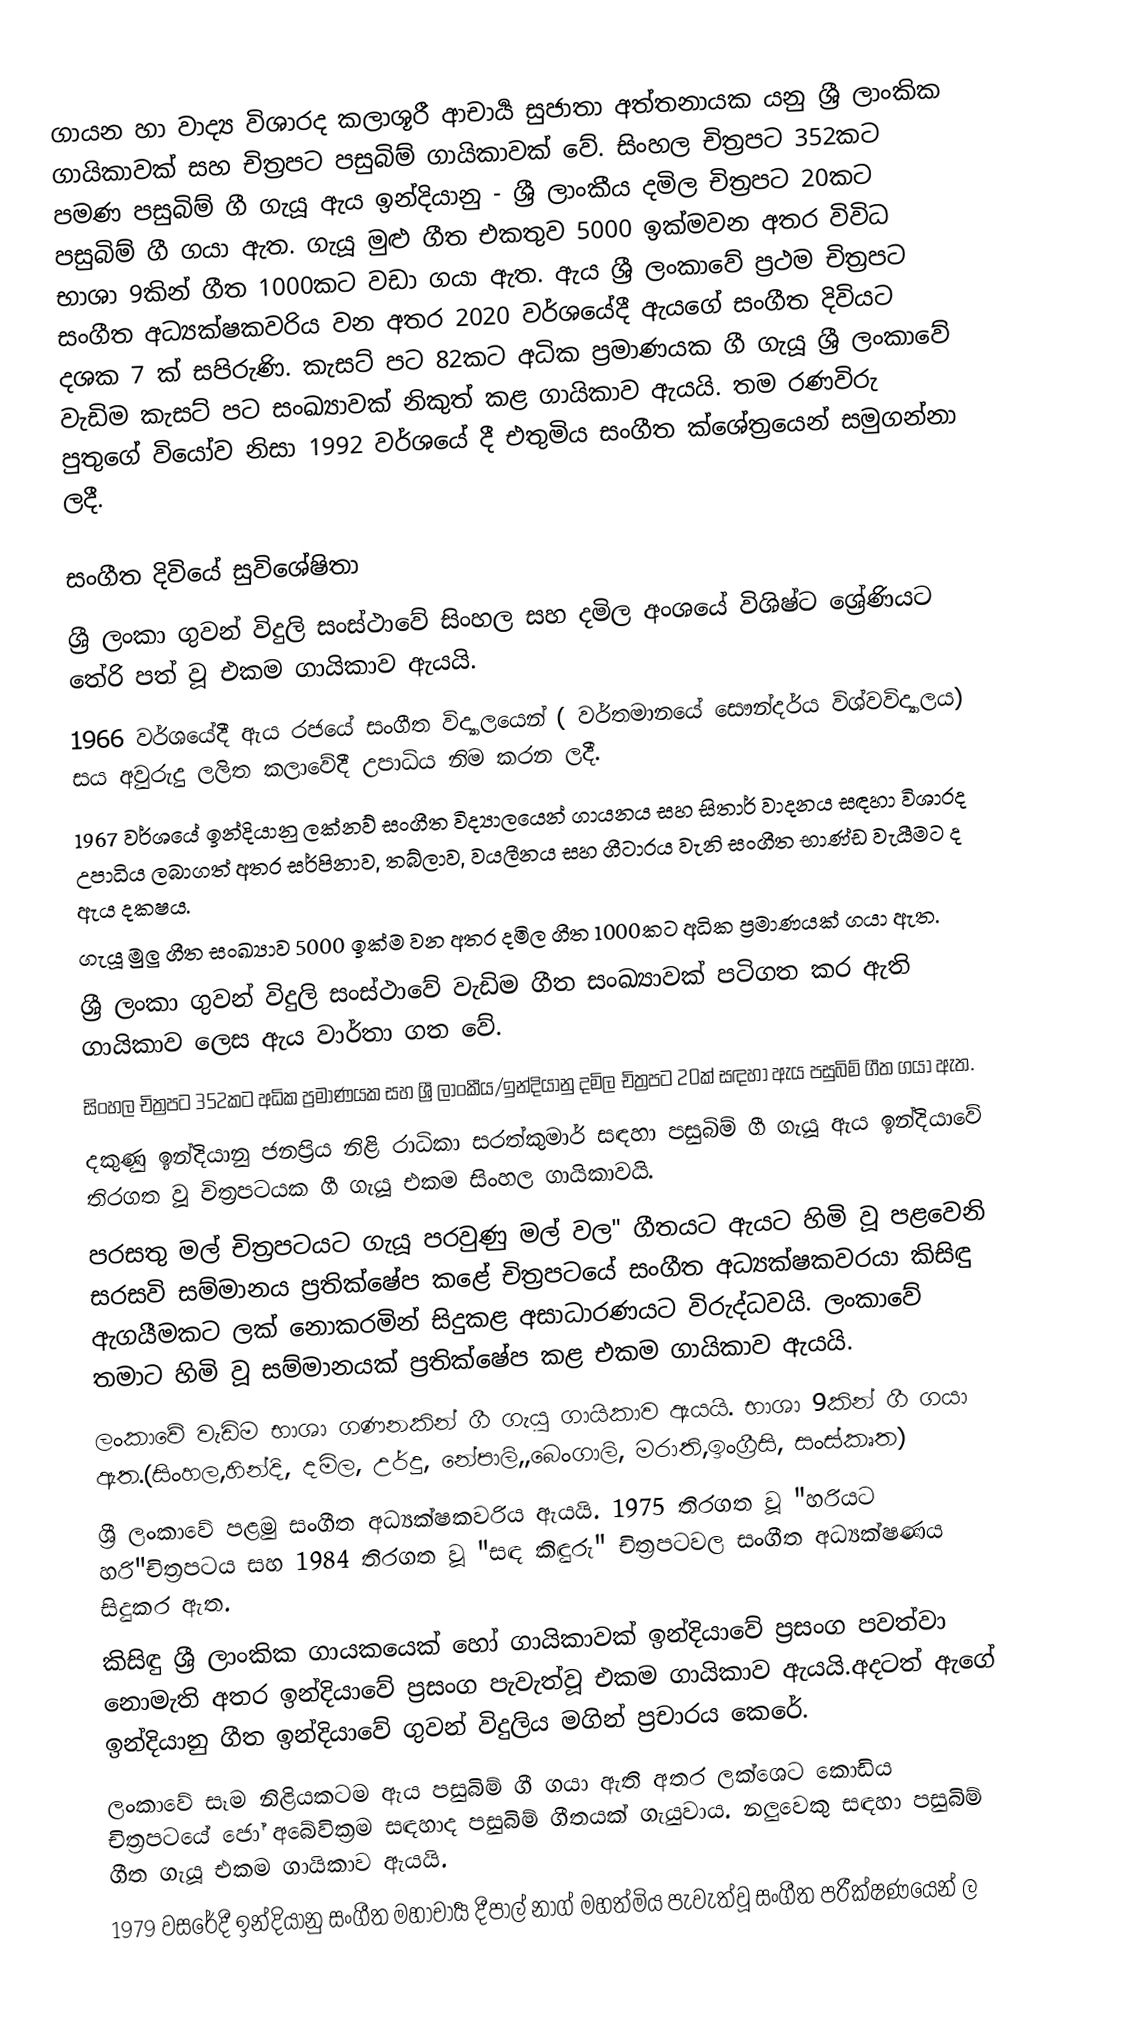
ගායන හා වාද්‍ය විශාරද කලාශූරී ආචාර්‍ය සුජාතා අත්තනායක යනු ශ්‍රී ලාංකික ගායිකාවක් සහ චිත්‍රපට පසුබිම් ගායිකාවක් වේ. සිංහල චිත්‍රපට 352කට පමණ පසුබිම් ගී ගැයූ ඇය ඉන්දියානු - ශ්‍රී ලාංකීය දමිල චිත්‍රපට 20කට පසුබිම් ගී ගයා ඇත. ගැයූ මුළු ගීත එකතුව 5000 ඉක්මවන අතර විවිධ භාශා 9කින් ගීත 1000කට වඩා ගයා ඇත. ඇය ශ්‍රී ලංකාවේ ප්‍රථම චිත්‍රපට සංගීත අධ්‍යක්ෂකවරිය වන අතර 2020 වර්ශයේදී  ඇයගේ සංගීත දිවියට දශක 7 ක් සපිරුණි. කැසට් පට 82කට අධික ප්‍රමාණයක ගී ගැයූ ශ්‍රී ලංකාවේ වැඩිම කැසට් පට සංඛ්‍යාවක් නිකුත් කළ ගායිකාව ඇයයි. තම රණවිරු පුතුගේ වියෝව නිසා 1992 වර්ශයේ දී එතුමිය සංගීත ක්ශේත්‍රයෙන් සමුගන්නා ලදී.

සංගීත දිවියේ සුවිශේෂිතා
ශ්‍රී ලංකා ගුවන් විදුලි සංස්ථාවේ සිංහල සහ දමිල අංශයේ විශිෂ්ට ශ්‍රේණියට තේරි පත් වූ එකම ගායිකාව ඇයයි.
1966 වර්ශයේදී ඇය රජයේ සංගීත විද්‍යාලයෙන් ( වර්තමානයේ සෞන්දර්ය විශ්වවිද්‍යාලය) සය අවුරුදු ලලිත කලාවේදී උපාධිය නිම කරන ලදී.
1967 වර්ශයේ ඉන්දියානු ලක්නව් සංගීත විද්‍යාලයෙන් ගායනය සහ සිතාර් වාදනය සඳහා විශාරද උපාධිය ලබාගත් අතර සර්පිනාව, තබ්ලාව, වයලීනය සහ ගීටාරය වැනි සංගීත භාණ්ඩ වැයීමට ද ඇය දකෂය.
ගැයූ මුලු ගීත සංඛ්‍යාව 5000 ඉක්ම වන අතර දමිල ගීත 1000කට අධික ප්‍රමාණයක් ගයා ඇත.
ශ්‍රී ලංකා ගුවන් විදුලි සංස්ථාවේ වැඩිම ගීත සංඛ්‍යාවක් පටිගත කර ඇති ගායිකාව ලෙස ඇය වාර්තා ගත වේ.
සිංහල චිත්‍රපට 352කට අධික ප්‍රමාණයක සහ ශ්‍රී ලාංකීය/ඉන්දියානු දමිල චිත්‍රපට 20ක් සඳහා ඇය පසුබිම් ගීත ගයා ඇත.
දකුණු ඉන්දියානු ජනප්‍රිය නිළි රාධිකා සරත්කුමාර් සඳහා පසුබිම් ගී ගැයූ ඇය ඉන්දියාවේ තිරගත වූ චිත්‍රපටයක ගී ගැයූ එකම සිංහල ගායිකාවයි.
පරසතු මල් චිත්‍රපටයට ගැයූ පරවුණු මල් වල" ගීතයට ඇයට හිමි වූ පළවෙනි සරසවි සම්මානය ප්‍රතික්ෂේප කළේ චිත්‍රපටයේ සංගීත අධ්‍යක්ෂකවරයා කිසිඳු ඇගයීමකට ලක් නොකරමින් සිදුකළ අසාධාරණයට විරුද්ධවයි. ලංකාවේ තමාට හිමි වූ සම්මානයක් ප්‍රතික්ෂේප කළ එකම ගායිකාව ඇයයි.
ලංකාවේ වැඩිම භාශා ගණනකින් ගී ගැයු ගායිකාව ඇයයි. භාශා 9කින් ගී ගයා ඇත.(සිංහල,හින්දි, දමිල, උර්දු, නේපාලි,,බෙංගාලි, මරාති,ඉංග්‍රීසි, සංස්කෘත)
 ශ්‍රී ලංකාවේ පළමු සංගීත අධ්‍යක්ෂකවරිය ඇයයි. 1975 තිරගත වූ "හරියට හරි"චිත්‍රපටය සහ 1984 තිරගත වූ "සඳ කිඳුරු" චිත්‍රපටවල සංගීත අධ්‍යක්ෂණය සිදුකර ඇත.
කිසිඳු ශ්‍රී ලාංකික ගායකයෙක් හෝ ගායිකාවක් ඉන්දියාවේ ප්‍රසංග පවත්වා නොමැති අතර ඉන්දියාවේ ප්‍රසංග පැවැත්වූ එකම ගායිකාව ඇයයි.අදටත් ඇගේ ඉන්දියානු ගීත ඉන්දියාවේ ගුවන් විදුලිය මගින් ප්‍රචාරය කෙරේ.
ලංකාවේ සෑම නිළියකටම ඇය පසුබිම් ගී ගයා ඇති අතර ලක්ශෙට කොඩිය චිත්‍රපටයේ ජෝ අබේවික්‍රම සඳහාද පසුබිම් ගීතයක් ගැයුවාය. නලුවෙකු සඳහා පසුබිම් ගීත ගැයූ එකම ගායිකාව ඇයයි.
1979 වසරේදී ඉන්දියානු සංගීත මහාචාර්‍ය දීපාල් නාග් මහත්මිය පැවැත්වූ සංගීත පරීක්ෂණයෙන් ල